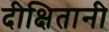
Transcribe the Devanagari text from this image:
दीक्षितानी